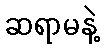
ဆရာမနဲ့